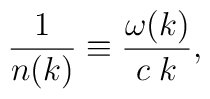
{1\over n(k)} \equiv {\omega(k)\over c \; k},